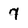
Character: 7